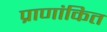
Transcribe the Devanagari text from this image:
प्राणांकित